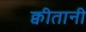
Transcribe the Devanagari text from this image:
क्वीतानी